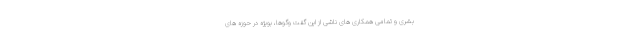
بشری و تمامی همکاری های ناشی از این گفت وگوها، بویژه در حوزه های